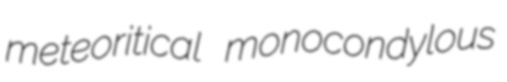
meteoritical monocondylous